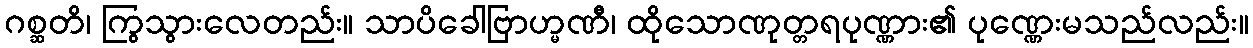
ဂစ္ဆတိ၊ ကြွသွားလေတည်း။ သာပိခေါဗြာဟ္မဏီ၊ ထိုသောဏုတ္တရပုဏ္ဏား၏ ပုဏ္ဏေးမသည်လည်း။